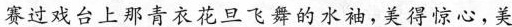
赛过戏台上那青衣花旦飞舞的水袖，美得惊心，美